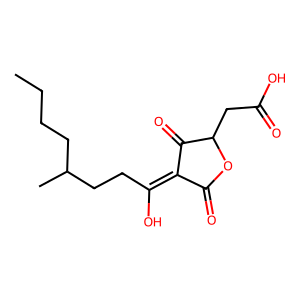
SMILES: CCCCC(C)CCC(O)=C1C(=O)OC(CC(=O)O)C1=O
Inhibits HIV replication: No